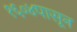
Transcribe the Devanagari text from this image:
१६०४पासून